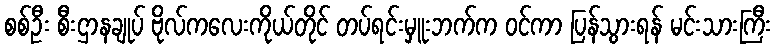
စစ်ဦး စီးဌာနချုပ် ဗိုလ်ကလေးကိုယ်တိုင် တပ်ရင်းမှူးဘက်က ဝင်ကာ ပြန်သွားရန် မင်းသားကြီး